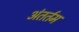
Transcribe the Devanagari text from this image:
अंतर्तम